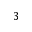
3